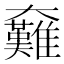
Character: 𡚟